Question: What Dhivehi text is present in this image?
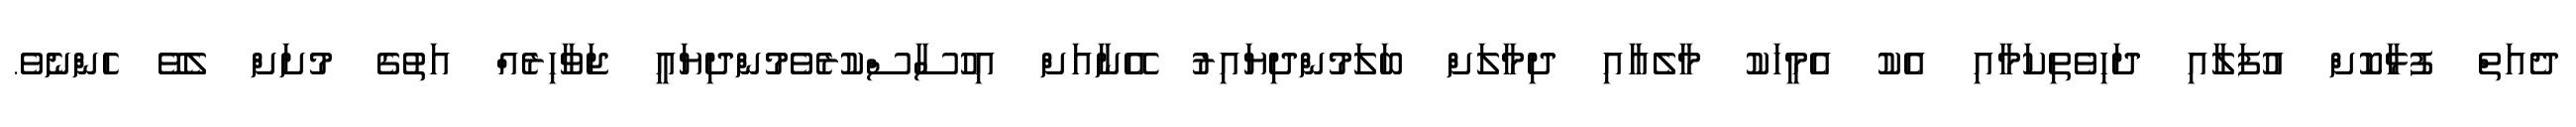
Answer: ދެއަތް ފުޅާކޮށް އުފަލާއި ދަހިވެތިކަމާއި އެކު އެމީހަކު މާލެއާއި ދިމާލަށް ބަލަމުންދިޔައިރު އޭނާއަށް އިހުސާސްކުރެވެމުންދިޔައީ ޖަވާހިރެއް އަތުގެ މުށަށް ލެވޭ ހެންނެވެ.